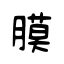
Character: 膜